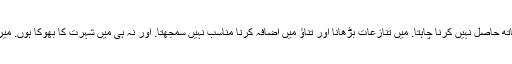
ایوش شرما کا کہنا تھا کہ میں کوئی بھی کامیابی تنازع کے ساتھ حاصل نہیں کرنا چاہتا. میں تنازعات بڑھانا اور تناؤ میں اضافہ کرنا مناسب نہیں سمجھتا. اور نہ ہی میں شہرت کا بھوکا ہوں. میرے لیے یہی شہرت ہی بہت ہے جو مجھے فلم کے دوران ملی۔